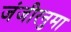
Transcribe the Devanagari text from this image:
जंजीरनुमा